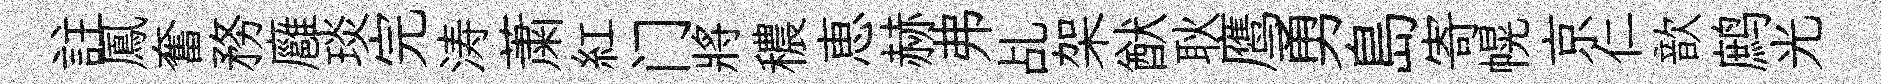
註鳳奮務廱琰完涛䔥紅门將穠恵赫弗乩架猷耿鹰勇島寄幌京仁歆鹧光